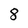
Character: 8